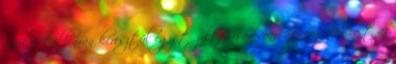
amikor több órán keresztül egy tűzoltóőrsön vonulásképtelen volt az